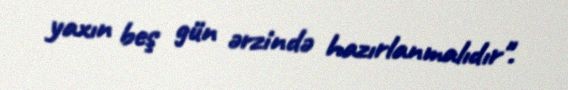
yaxın beş gün ərzində hazırlanmalıdır".